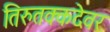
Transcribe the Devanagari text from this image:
तिरुतक्कदेवर